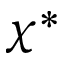
\chi ^ { * }